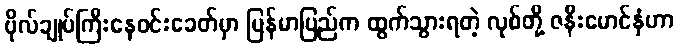
ဗိုလ်ချုပ်ကြီးနေဝင်းခေတ်မှာ မြန်မာပြည်က ထွက်သွားရတဲ့ လုစ်တို့ ဇနီးမောင်နှံဟာ